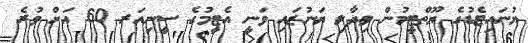
ޔުނައިޓެޑުގެ ޔޫތްޓީމުން ވިދާލި ޔަނުޒައި ވަނީ އެޓީމުގެ ސީނިއަރ 60 އަށް ވުރެ